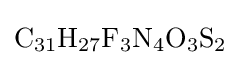
{\mathrm {C} {\vphantom {A}}_{\smash[{t}]{31}}\mathrm {H} {\vphantom {A}}_{\smash[{t}]{27}}\mathrm {F} {\vphantom {A}}_{\smash[{t}]{3}}\mathrm {N} {\vphantom {A}}_{\smash[{t}]{4}}\mathrm {O} {\vphantom {A}}_{\smash[{t}]{3}}\mathrm {S} {\vphantom {A}}_{\smash[{t}]{2}}}